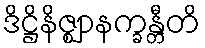
ဒိဋ္ဌိနိဇ္ဈာနက္ခန္တီတိ